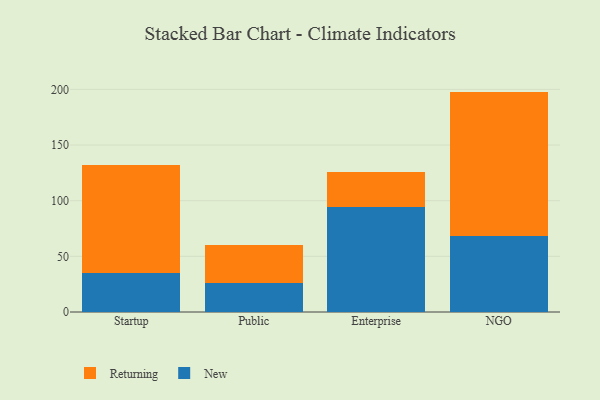
{"axis": {"x": "Segment", "y": "Latency (ms)"}, "legend": ["New", "Returning"], "data": [{"x": "Startup", "y": 35.4, "type": "New"}, {"x": "Startup", "y": 96.7, "type": "Returning"}, {"x": "Public", "y": 25.9, "type": "New"}, {"x": "Public", "y": 34.1, "type": "Returning"}, {"x": "Enterprise", "y": 94.0, "type": "New"}, {"x": "Enterprise", "y": 32.2, "type": "Returning"}, {"x": "NGO", "y": 68.4, "type": "New"}, {"x": "NGO", "y": 129.6, "type": "Returning"}]}